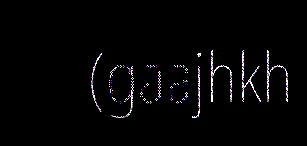
(gaajhkh